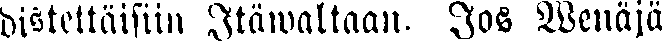
distettäisiin Itäwaltaan. Jos Wenajä